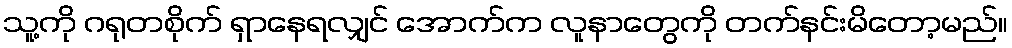
သူ့ကို ဂရုတစိုက် ရှာနေရလျှင် အောက်က လူနာတွေကို တက်နင်းမိတော့မည်။